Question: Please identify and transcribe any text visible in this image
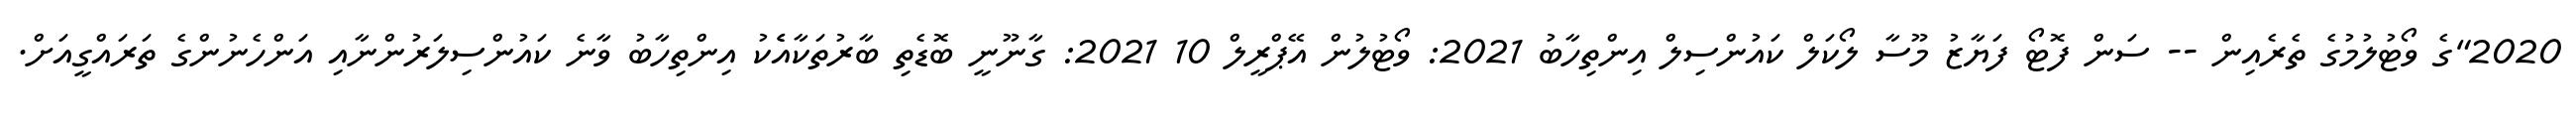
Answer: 2020"ގެ ވޯޓުލުމުގެ ތެރެއިން -- ސަން ފޮޓޯ ފަޔާޒު މޫސާ ލޯކަލް ކައުންސިލް އިންތިހާބު 2021: ވޯޓުލުން އޭޕްރީލް 10 2021: ގާނޫނީ ބޮޑެތި ބާރުތަކާއެެކު އިންތިހާބު ވާނެ ކައުންސިލަރުންނާއި އަންހެނުންގެ ތަރައްގީއަށް.